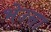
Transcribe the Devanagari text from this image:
भेउसा